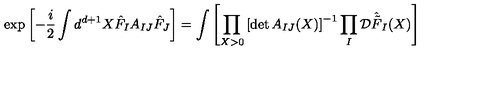
\exp \left[ - \frac { i } { 2 } \int d ^ { d + 1 } X \hat { F } _ { I } A _ { I J } \hat { F } _ { J } \right] = \int \left[ \prod _ { X > 0 } \left[ \det A _ { I J } ( X ) \right] ^ { - 1 } \prod _ { I } { \cal D } \hat { \tilde { F } } _ { I } ( X ) \right]